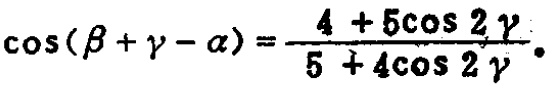
\(\cos(\beta + \gamma - \alpha)=\frac{4 + 5\cos 2\gamma}{5 + 4\cos 2\gamma}\)